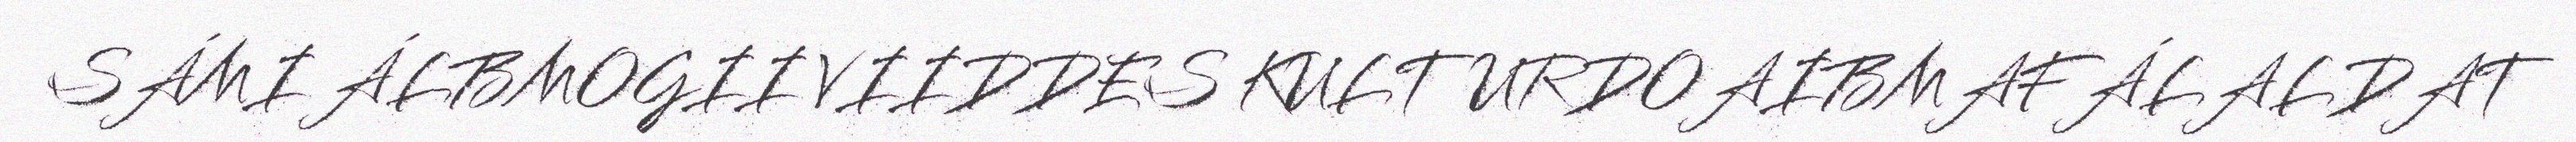
SÁMI ÁLBMOGII VIIDDES KULTURDOAIBMAFÁLALDAT